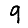
Digit: 9